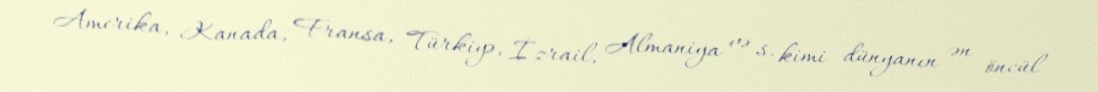
Amerika, Kanada, Fransa, Türkiyə, İzrail, Almaniya və s. kimi dünyanın ən öncül